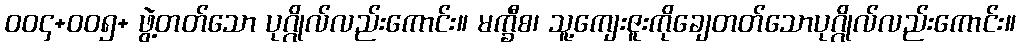
ဝဝ၄+ဝဝ၅+ ဖွဲ့တတ်သော ပုဂ္ဂိုလ်လည်းကောင်း။ မက္ခီစ၊ သူ့ကျေးဇူးကိုချေတတ်သောပုဂ္ဂိုလ်လည်းကောင်း။